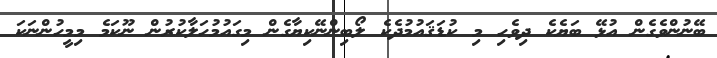
ބޭނުންވެގެން އުޅޭ ބަޔެކެ ދިވެހި މި ކުޑަޤައުމުދެކެ ލޯބިންނޭކިޔާގެން މިގައުމުހަލާކުރުން ނޫކަމެ މިމީހުންނަކަ